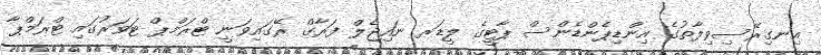
އިނގިރޭސިވިލާތުގެ އިންޑިޕެންޑެންސް ޕާޓީގެ ލީޑަރ ނައިޖެލް ފަރާގް ރޭގައިވަނީ ޓްރަމްޕް ޓަވަރުގައި ޓްރަމްޕާ